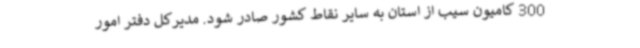
300 کامیون سیب از استان به سایر نقاط کشور صادر شود. مدیرکل دفتر امور